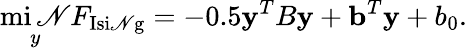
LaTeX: \operatorname*{mi\mathscr{N}}_{y}F_{\mathrm{{Isi\mathscr{N}g}}}=-0.5{\mathbf{y}}^{T}B{\mathbf{y}}+{\mathbf{b}}^{T}{\mathbf{y}}+b_{0}.